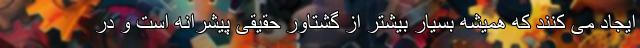
ایجاد می کنند که همیشه بسیار بیشتر از گشتاور حقیقی پیشرانه است و در